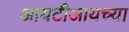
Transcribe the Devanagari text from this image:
आयटीआयच्या